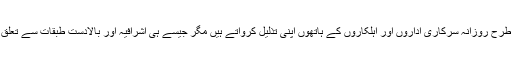
پاکستان کے عام شہری اور محکوم و مظلوم طبقات سے تعلق رکھنے والے غریب عوام کس طرح روزانہ سرکاری اداروں اور اہلکاروں کے ہاتھوں اپنی تذلیل کرواتے ہیں مگر جیسے ہی اشرافیہ اور بالادست طبقات سے تعلق رکھنے والے کسی شخص سے ایسا سلوک ہو جائے تو پھر طوفان بدتمیزی کھڑا ہو جاتا ہے۔